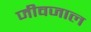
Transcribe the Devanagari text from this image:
जीवजाल